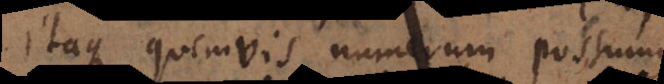
Itaque quemvis numerum possumus